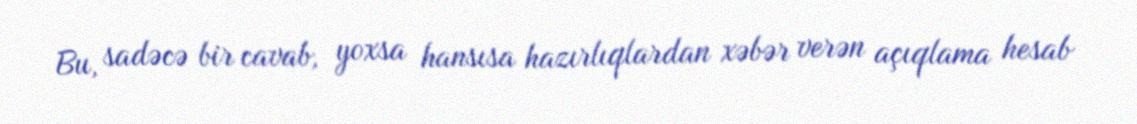
Bu, sadəcə bir cavab, yoxsa hansısa hazırlıqlardan xəbər verən açıqlama hesab